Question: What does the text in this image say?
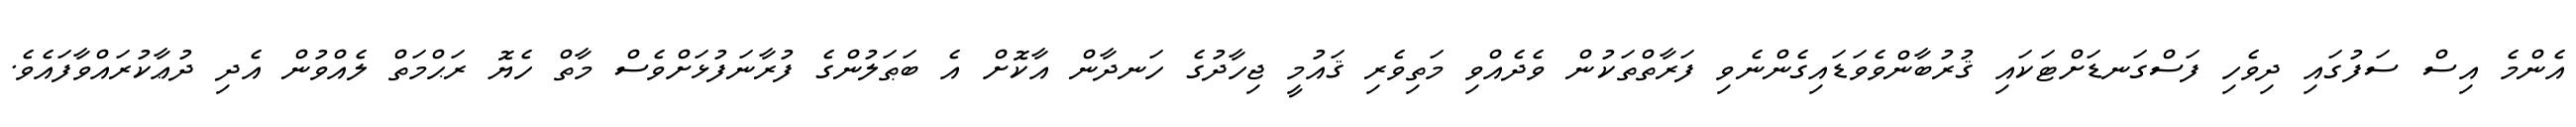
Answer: އެންމެ އިސް ސަފުގައި ދިވެހި ފަސްގަނޑަށްޓަކައި ޤުރުބާންވެވަޑައިގެންނެވި ފަރާތްތަކުން ވެދެއްވި މަތިވެރި ޤައުމީ ޖިހާދުގެ ހަނދާން އާކޮށް އެ ބަޠަލުންގެ ފުރާނަފުޅަށްވެސް މާތް ހެޔޮ ރަޙްމަތް ލެއްވުން އެދި ދުޢާކުރައްވާފައެވެ.